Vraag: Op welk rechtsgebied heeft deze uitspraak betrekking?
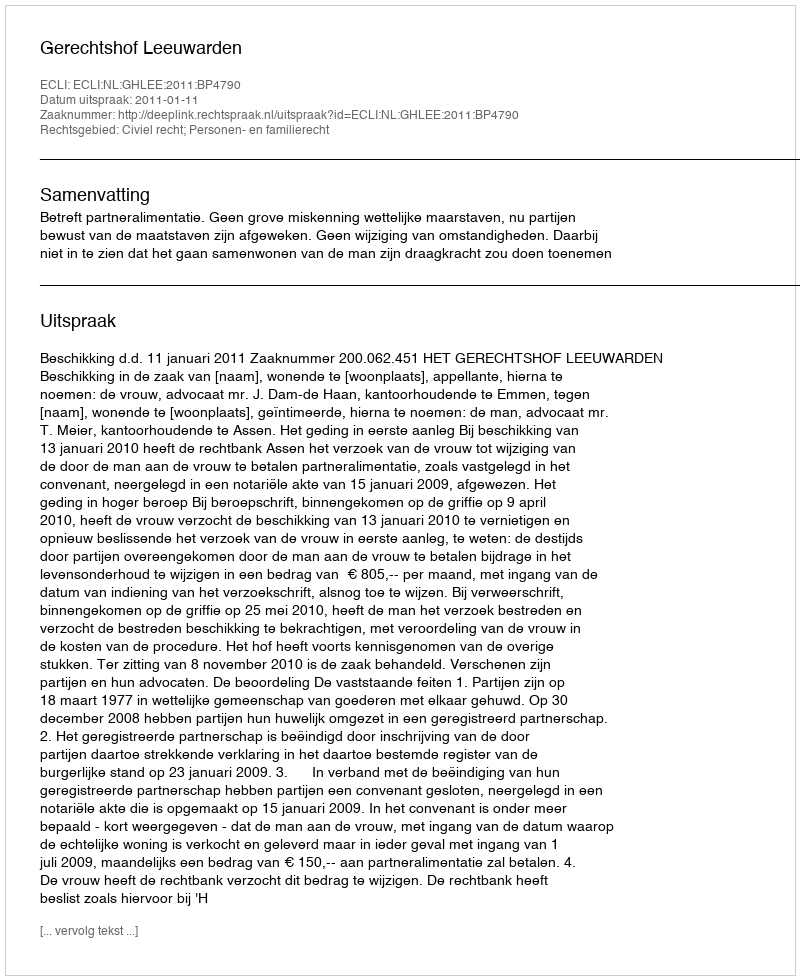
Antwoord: Civiel recht; Personen- en familierecht